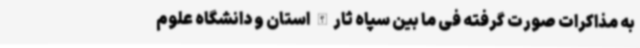
به مذاکرات صورت گرفته فی ما بین سپاه ثارالله استان و دانشگاه علوم